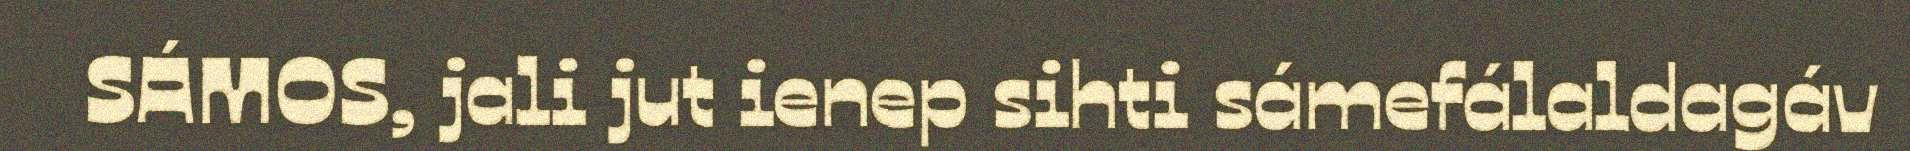
SÁMOS, jali jut ienep sihti sámefálaldagáv